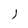
Character: j